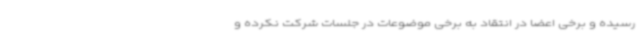
رسیده و برخی اعضا در انتقاد به برخی موضوعات در جلسات شرکت نکرده و